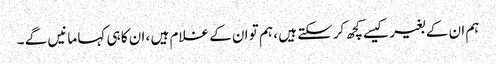
ہم ان کے بغیر کیسے کچھ کرسکتے ہیں ، ہم تو ان کے غلام ہیں ، ان کا ہی کہا مانیں گے ۔